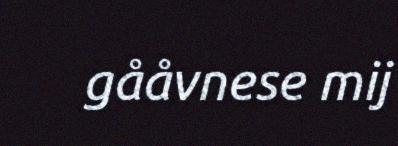
gååvnese mij